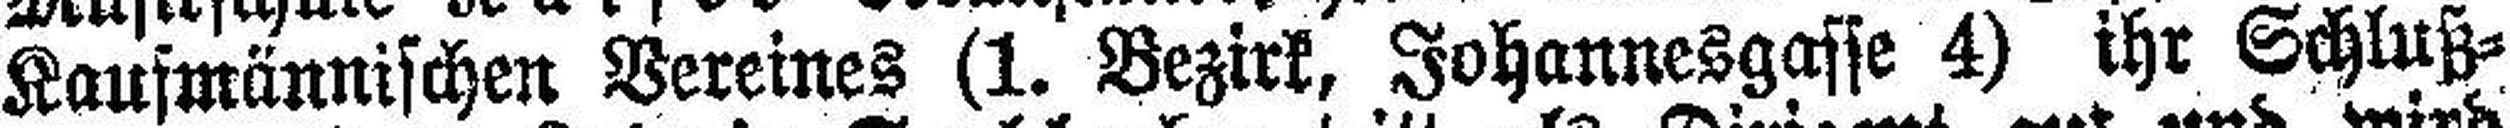
Kaufmännischen Vereines (1. Bezirk, Johannesgasse 4) ihr Schluß¬